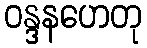
ဝန္ဒနဟေတု